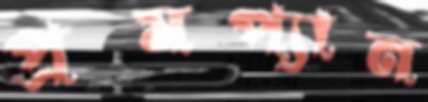
প্রমপ্যান